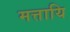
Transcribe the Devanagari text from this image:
मत्तायि